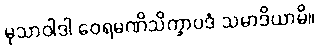
မုသာဝါဒါ ဝေရမဏိသိက္ခာပဒံ သမာဒိယာမိ။